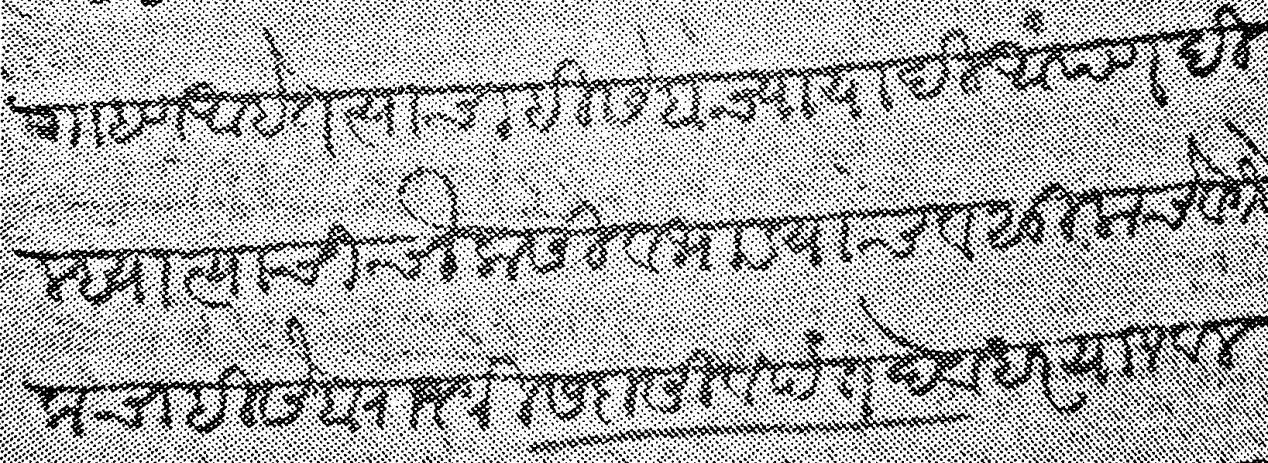
Transliteration (Devanagari): गाहण आहेत त्याचा हिसेबाच्या यादी आपण दिल्ह्या त्याची चौकसी व भाड्याचे वसुलाचे वगैरेकचा हिसेब राजश्री सदासिवपंत देवधर या जवल